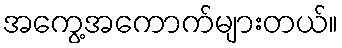
အကွေ့အကောက်များတယ်။